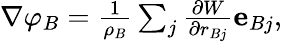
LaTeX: \begin{array}{r}{\nabla\varphi_{B}=\frac{1}{\rho_{B}}\sum_{j}\frac{\partial W}{\partial r_{Bj}}\mathbf{e}_{Bj},}\end{array}